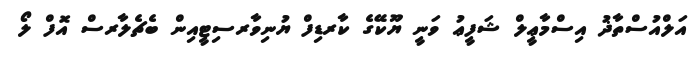
އަލްއުސްތާޛު އިސްމާޢީލް ޝަފީޢު ވަނީ ޔޫކޭގެ ކާރޑިފް ޔުނިވާރސިޓީއިން ބެޗެލާރސް އޮފް ލޯ